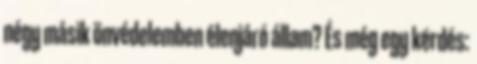
négy másik önvédelemben élenjáró állam? És még egy kérdés: